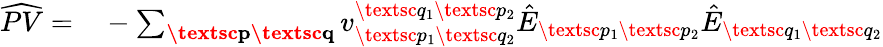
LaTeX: \begin{array}{rl}{\widehat{PV}=}&{{}-\sum_{\substack{\textbf{\textsc{p}}\textbf{\textsc{q}}}}v_{\textsc{p}_{1}\textsc{q}_{2}}^{\textsc{q}_{1}\textsc{p}_{2}}\hat{E}_{\textsc{p}_{1}\textsc{p}_{2}}\hat{E}_{\textsc{q}_{1}\textsc{q}_{2}}}\end{array}